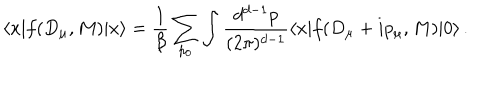
\langle x | f ( D _ { \mu } , M ) | x \rangle = \frac { 1 } { \beta } \sum _ { p _ { 0 } } \int \frac { d ^ { d - 1 } p } { ( 2 \pi ) ^ { d - 1 } } \langle x | f ( D _ { \mu } + i p _ { \mu } , M ) | 0 \rangle \, .